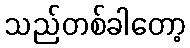
သည်တစ်ခါတော့